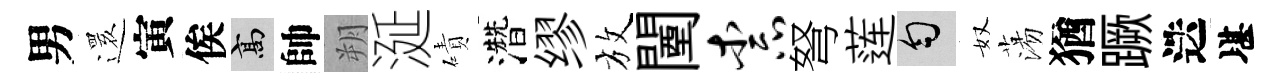
男𮟃寅俟高帥朔涎磧濳缪放闉柰弩莲匀奴蕩猶蹶迭堪